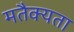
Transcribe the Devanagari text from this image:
मतैक्यता